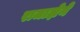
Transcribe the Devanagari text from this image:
राजाज्ञेने